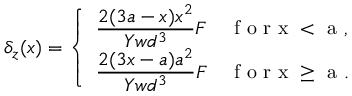
\delta _ { z } ( x ) = \left\{ \begin{array} { l l } { \displaystyle { \frac { 2 ( 3 a - x ) x ^ { 2 } } { Y w d ^ { 3 } } } F } & { \mathrm { ~ f ~ o ~ r ~ x ~ < ~ a ~ , ~ } } \\ { \displaystyle { \frac { 2 ( 3 x - a ) a ^ { 2 } } { Y w d ^ { 3 } } } F } & { \mathrm { ~ f ~ o ~ r ~ x ~ \geq ~ a ~ . ~ } } \end{array} \right.